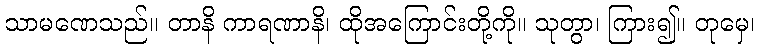
သာမဏေသည်။ တာနိ ကာရဏာနိ၊ ထိုအကြောင်းတို့ကို။ သုတွာ၊ ကြား၍။ တုမှေ၊